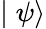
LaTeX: \mid\psi\rangle